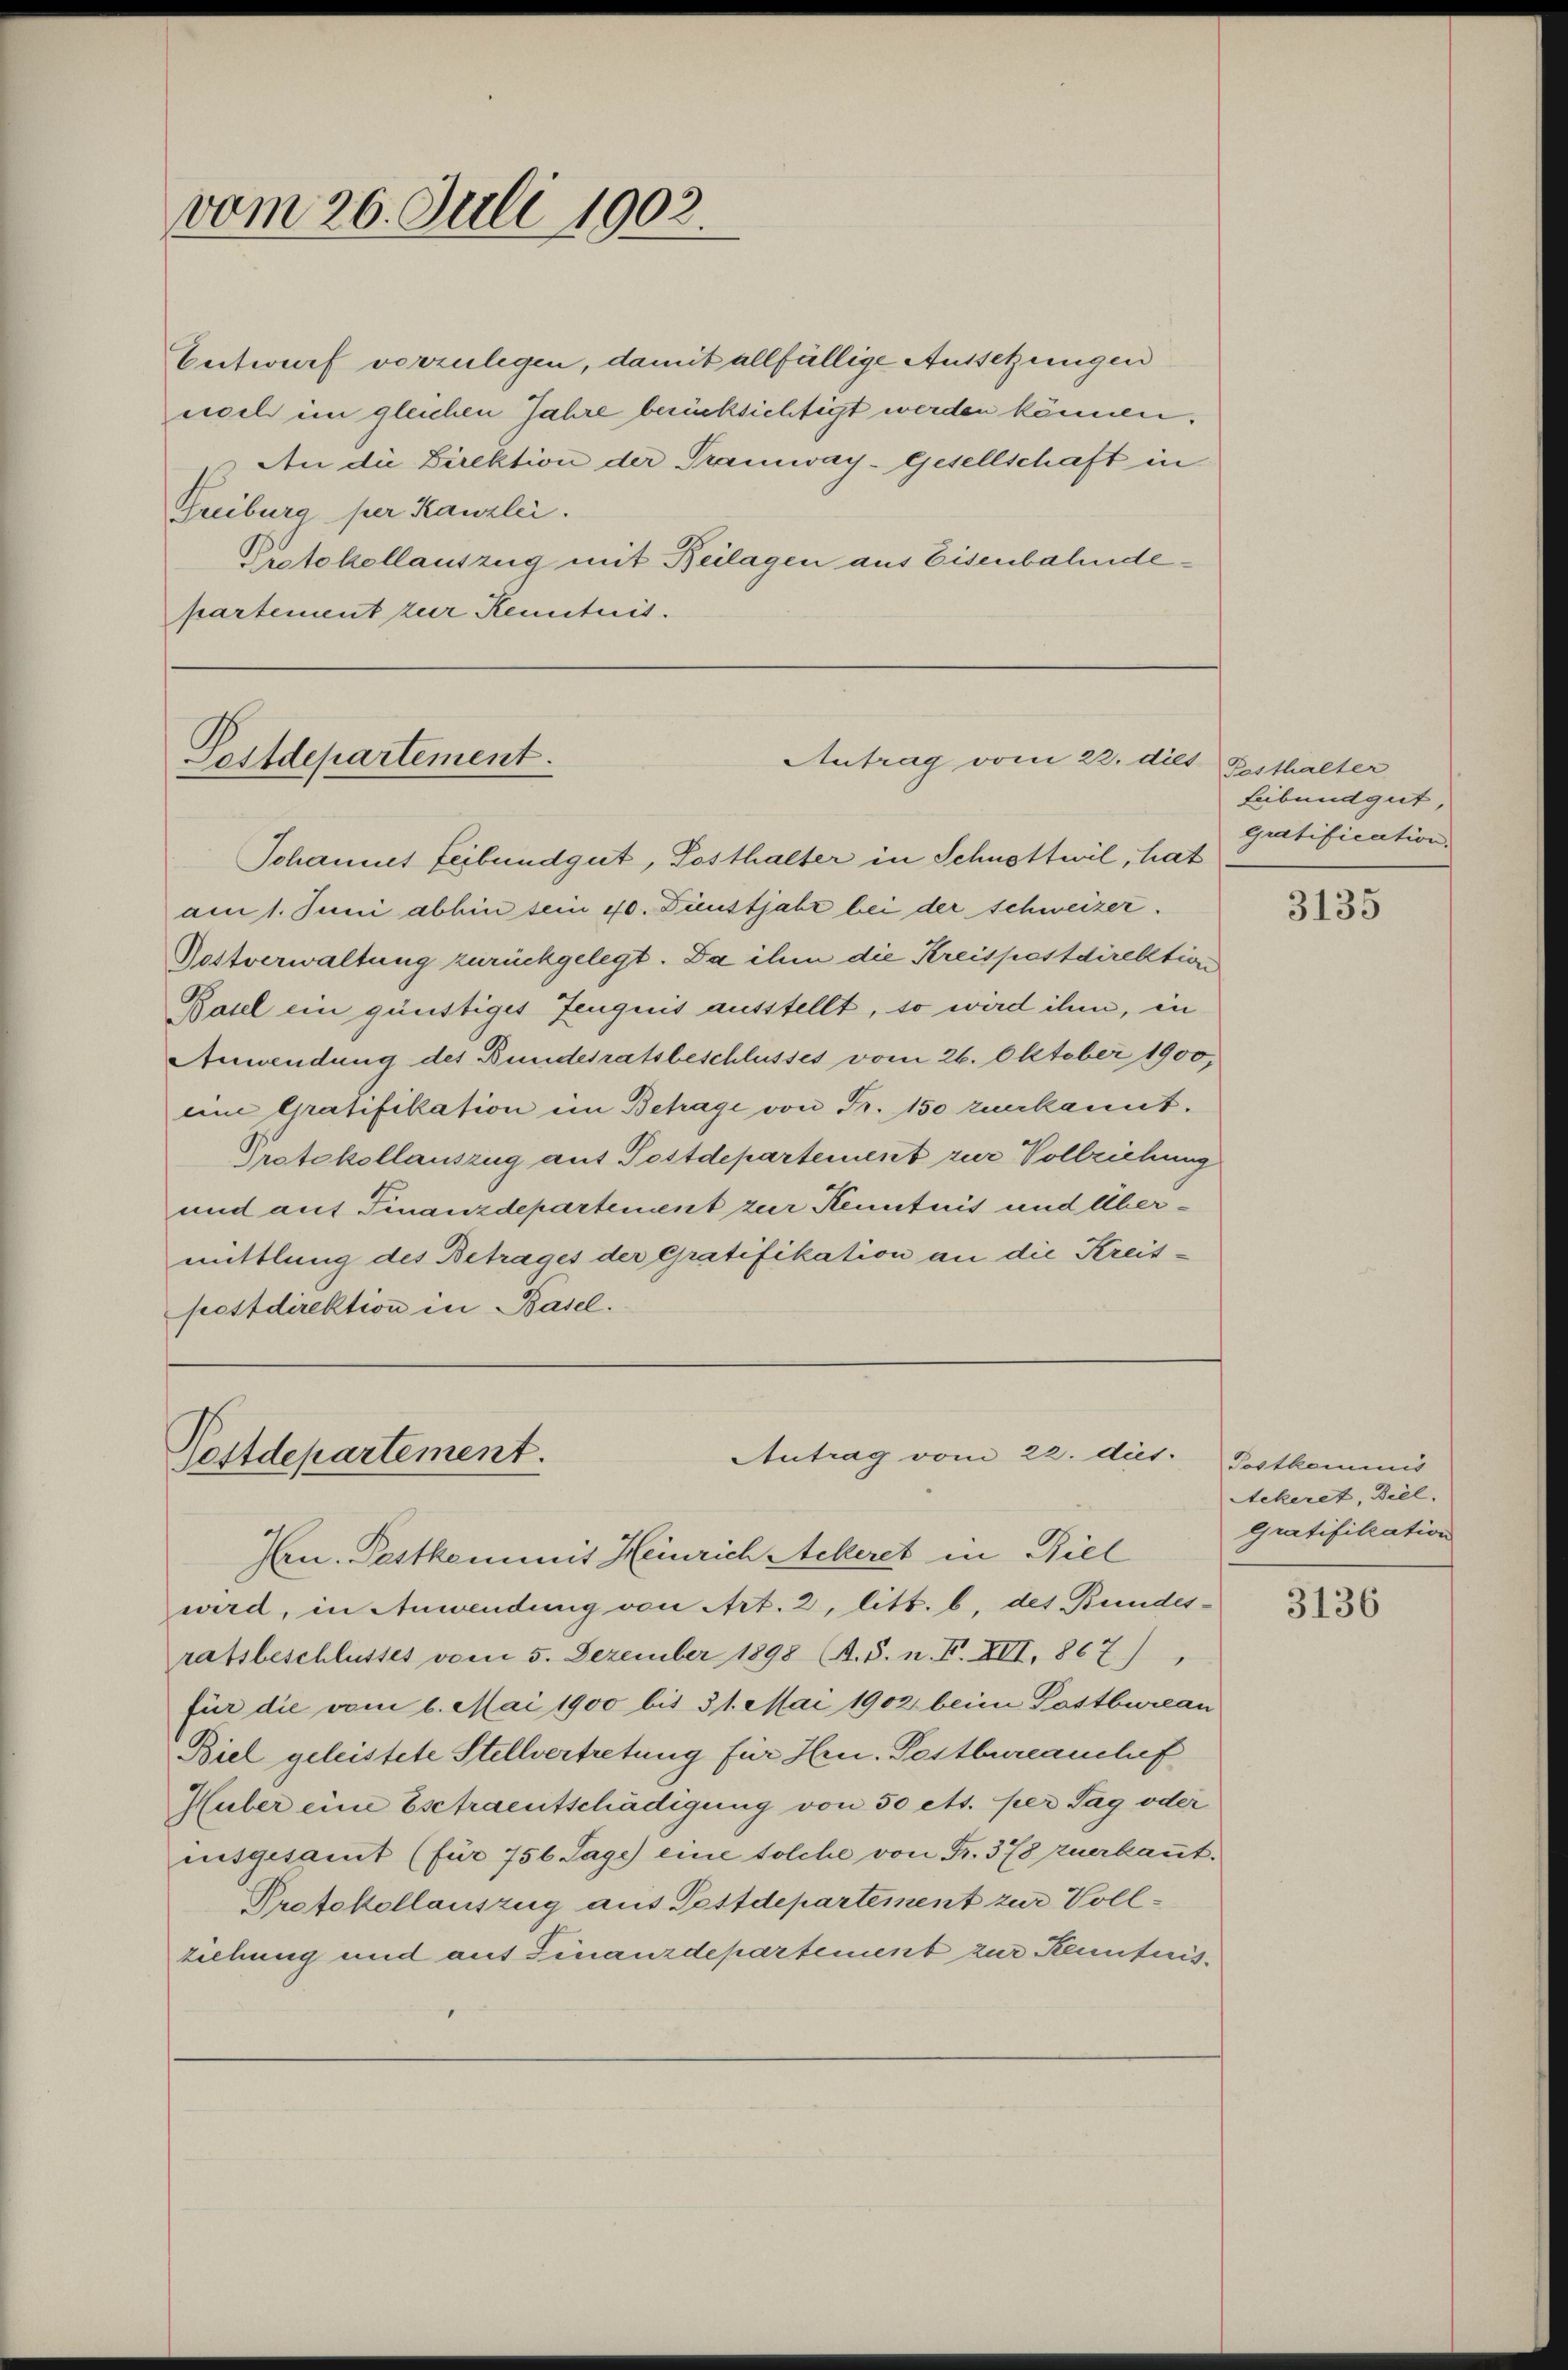
vom 26. Juli 1902.

Entwurf vorzulegen, damit allfällige Aussetzungen
noch im gleichen Jahre berücksichtigt werden können.
An die Direktion der Tramway-Gesellschaft in
Freiburg per Kanzlei.
Pestokollauszug mit Beilagen aus Eisenbahndepartement zur Kenntnis.

Postdepartement.
Antrag vom 22. dilt Festhalter

Postdepartement.
Antrag vom 22. dict. Postkommis
Hrn. Pastkommit Heinrich Ackeret in Biel

Schannes Leibendgut, Posthalter in Schnottwil, hat
am 1. Juni abhin sein 40. Dunstjahr bei der schweizer.
Postverwaltung zurückgelegt. Da ihm die Kreispostdirektion
Basel ein günstiges Zeugnis ausstellt, so wird ihm, in
Anwendung des Bundesratsbeschlusses vom 26. Oktober 1900,
eine Gratifikation im Betrage von Fr. 150 zuerkannt.
Protokollauszug auf Postdepartement zur Vollziehung
und auf Finanzdepartement zur Kenntnis und Übermittlung des Betrages der Gratifikation an die Kreispostdirektion in Basel.

Leibendgut,
Gratification.

wird, in Anwendung von Art. 2, litt. b. des Bundes-
ratsbeschlusses vom 5. Dezember 1898 B. S. n. F. XII. 867)
für die vom 6. Mai 1900 bis 31. Mai 1902 beim Pastbureau
Biel geleistete Stellvertretung für Hrn. Pestbureauchef
Huber eine Esctraentschädigung von 50 ett. per Tag oder
nsgesamt (für 756 Tage) eine solche von Fr. 378 zuerkaṅt.
Protokollauszug aus Fettdepartement zur Vollziehung und auf Finanzdepartement zur Kenntnis¬

3135

Stekeret, Biel.
Gratifikation

3136